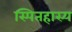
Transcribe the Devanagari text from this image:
स्पितहास्य